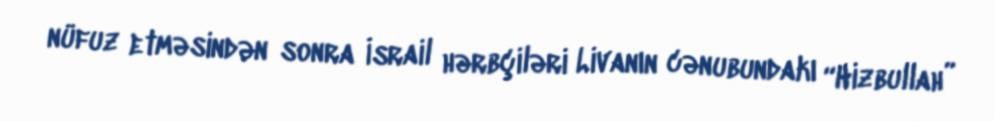
nüfuz etməsindən sonra İsrail hərbçiləri Livanın cənubundakı “Hizbullah”